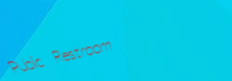
Public Restroom